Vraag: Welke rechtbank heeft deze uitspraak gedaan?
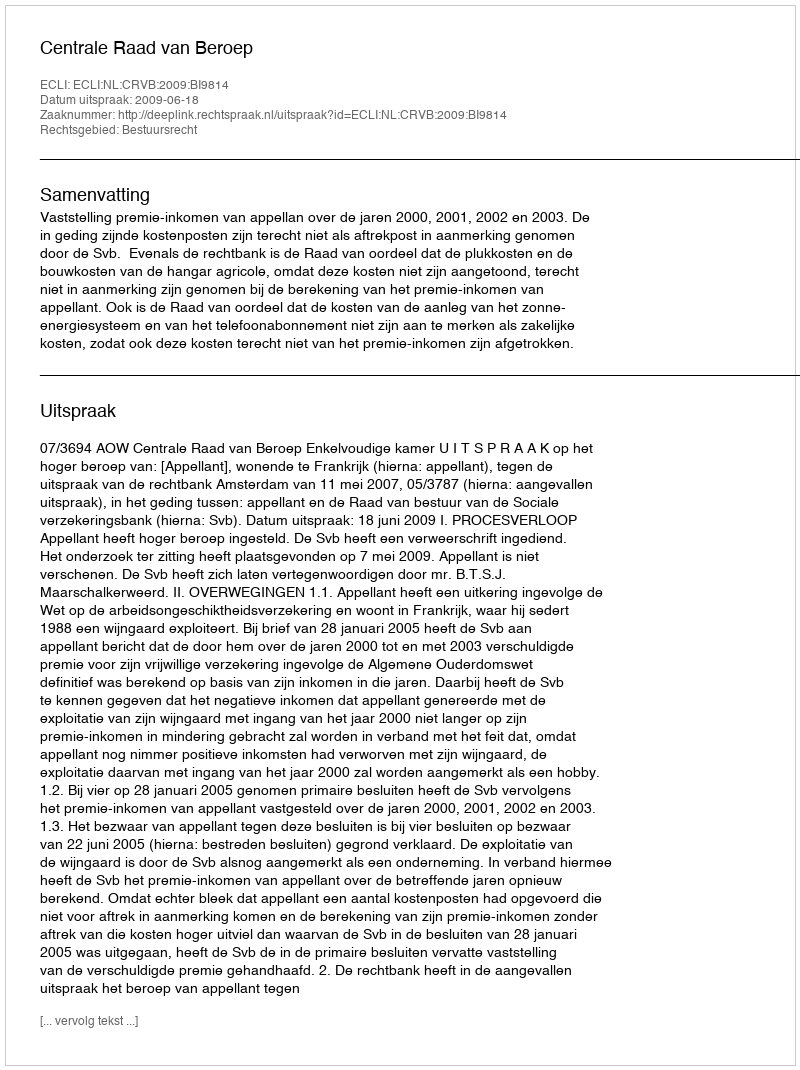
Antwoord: Centrale Raad van Beroep